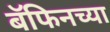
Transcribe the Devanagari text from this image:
बॅफिनच्या